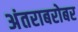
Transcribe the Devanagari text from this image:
अंतराबरोबर